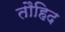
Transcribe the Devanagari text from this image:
तौहिद